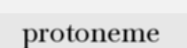
protoneme